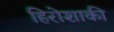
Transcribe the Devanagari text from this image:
हिरोशाकी